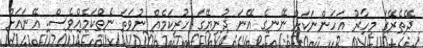
ދޭތެރޭގަ މިހާރު އަހަންނަކަށް ނޭނގެ އޭނަ ދުނިޔޭގަ ހުރިކަމެއް ނުވަތަ ނެތްކަމެއްވެސް. އޭނައަށް